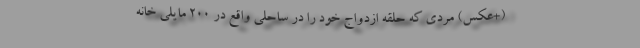
(+عکس) مردی که حلقه ازدواج خود را در ساحلی واقع در ۲۰۰ مایلی خانه